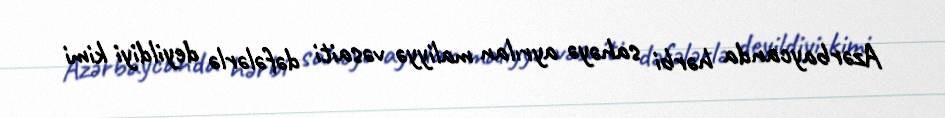
Azərbaycanda hərbi sahəyə ayrılan maliyyə vəsaiti dəfələrlə deyildiyi kimi